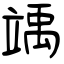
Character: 竬